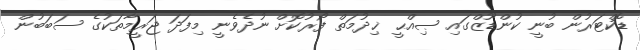
ޑޮކްޓަރުން ބުނީ ކުންޑޫޒްގައި ޞިއްޙީ ޚިދުމަތް ފޯރުކޮށް ނުދެވެނީ މިފަދަ ޖަރީމާތަކުގެ ސަބަބުން